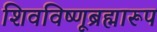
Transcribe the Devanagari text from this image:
शिवविष्णूब्रह्मारूप